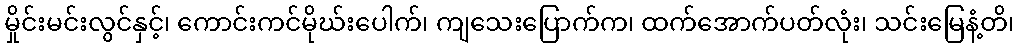
မှိုင်းမင်းလွင်နှင့်၊ ကောင်းကင်မိုဃ်းပေါက်၊ ကျသေးပြောက်က၊ ထက်အောက်ပတ်လုံး၊ သင်းမြေနံ့တိ၊